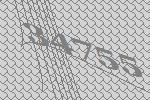
34755